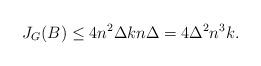
LaTeX: \begin{align*} J_G(B) \leq 4 n^2\Delta k n\Delta = 4\Delta^2 n^3k.\end{align*}